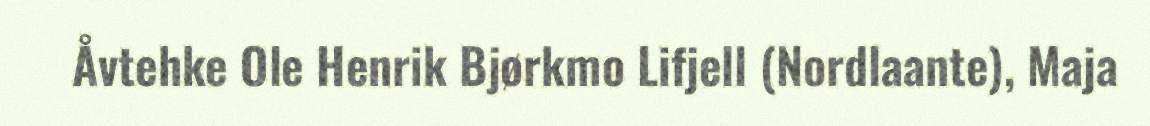
Åvtehke Ole Henrik Bjørkmo Lifjell (Nordlaante), Maja